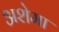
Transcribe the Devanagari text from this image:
अशेमा